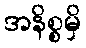
အနိစ္စမှိ